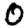
Digit: 0